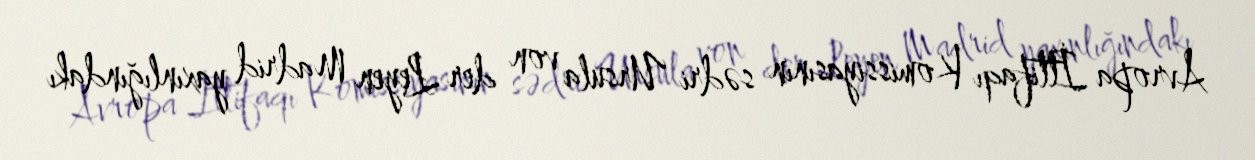
Avropa İttifaqı Komissiyasının sədri Ursula von der Leyen Madrid yaxınlığındakı